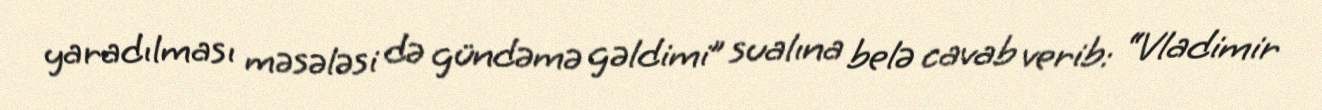
yaradılması məsələsi də gündəmə gəldimi” sualına belə cavab verib: “Vladimir